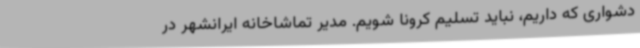
دشواری که داریم، نباید تسلیم کرونا شویم. مدیر تماشاخانه ایرانشهر در